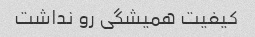
کیفیت همیشگی رو نداشت